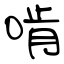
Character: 啃